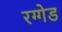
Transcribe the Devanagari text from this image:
रग्गेड